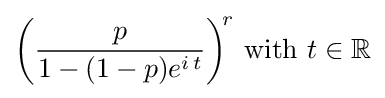
{\biggl (}{\frac {p}{1-(1-p)e^{i\,t}}}{\biggr )}^{\!r}{\text{ with }}t\in \mathbb {R}